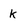
Character: k